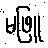
မဖြူ